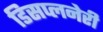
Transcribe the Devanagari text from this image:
डिसप्लनेरी